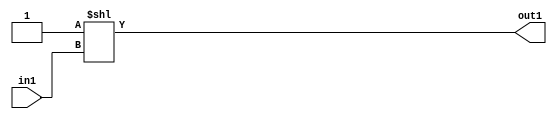
`timescale 1ps / 1ps
/*****************************************************************************
    Verilog RTL Description
    
    
    Created by: Stratus DpOpt 2019.1.01 
*******************************************************************************/

module DC_Filter_DECODE_32U_9_4 (
	in1,
	out1
	); /* architecture "behavioural" */ 
input [4:0] in1;
output [31:0] out1;
wire [31:0] asc001;

assign asc001 = 32'B00000000000000000000000000000001 << in1;

assign out1 = asc001;
endmodule

/* CADENCE  ubH1TgA= : u9/ySgnWtBlWxVPRXgAZ4Og= ** DO NOT EDIT THIS LINE ******/